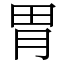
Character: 胃